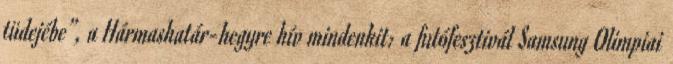
tüdejébe”, a Hármashatár-hegyre hív mindenkit: a futófesztivál Samsung Olimpiai